Vaccination United Provinces of Agra and Oudh 1902-1913 - 1902-1913
Year: 1902
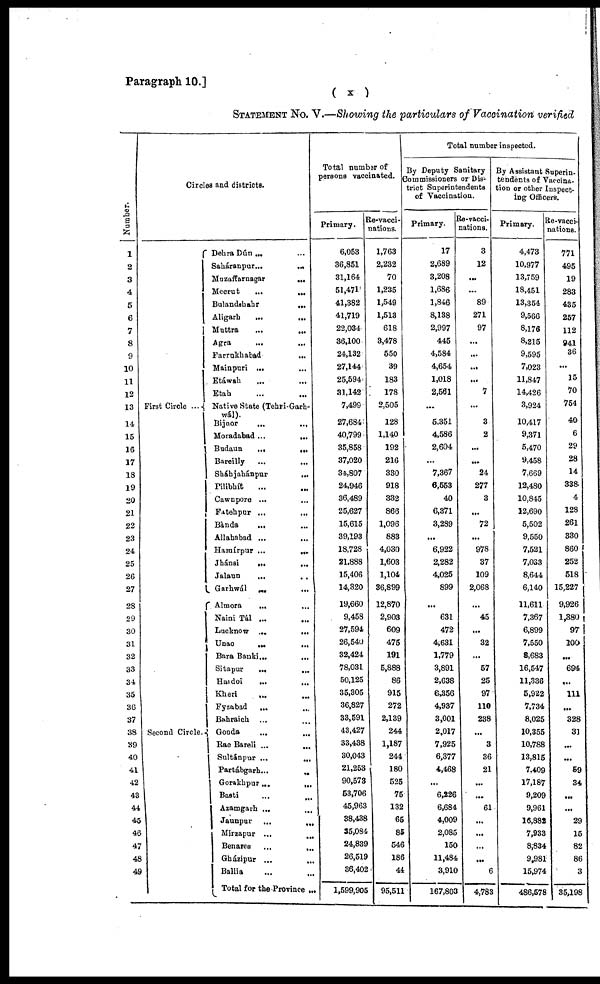
Paragraph 10.]
( x )
STATEMENT No. V.—Showing the particulars of Vaccination verified
Number.
1
2
3
4
5
6
7
8
9
10
11
12
13
14
15
16
17
18
19
20
21
22
23
24
25
26
27
28
29
30
31
32
33
34
35
36
37
38
39
40
41
42
43
44
45
46
47
48
49
Circles and districts.
First Circle ...
Second Circle.
Dehra Dún ...
Saháranpur...
...
Muzaffarnagar
...
Meerut
...
...
Bulandshahr
...
Aligarh
...
...
Muttra
...
...
Agra ... ...
Farrukhabad
...
Mainpuri ...
...
Etáwah ... ...
Etah ... ...
Native State (Tehri-Garh¬
wál).
Bijnor
...
...
Moradabad...
...
Budaun
...
...
Bareilly ... ...
Sháhjahánpur
...
Pilibhít
... ...
Cawnpore ... ...
Fatehpur ... ...
Bànda ... ...
Allahabad ...
...
Hamírpur ...
...
Jhánsi ... ...
Jalaun
... ...
Garhwál
...
Almora
... ...
Naini Tál ... ...
Lucknow ...
...
Unao ... ...
Bara Banki...
...
Sitapur
...
...
Hardoi
...
...
Kheri
...
...
Fyzabad
...
...
Bahraich ... ...
Gonda
...
...
Rae Bareli ...
...
Sultánpur ...
...
Partábgarh...
...
Gorakhpur ...
...
Basti
...
...
Azamgarh ... ...
Jaunpur
...
...
Mirzapur ... ...
Benares
...
...
Gházipur ...
...
Ballia ... ...
Total for the Province ...
Total number of
persons vaccinated.
Primary.
6,053
36,851
31,164
51,471
41,382
41,719
22,034
36,100
24,132
27,144
25,594
31,142
7,499
27,684
40,799
35,858
37,020
34,807
24,946
36,489
25,627
15,615
39,193
18,728
21,888
15,406
14,320
19,660
9,458
27,594
26,540
32,424
78,031
50,125
35,305
36,827
33,591
43,427
33,438
30,043
21,253
90,573
53,706
45,963
38,438
35,084
24,839
26,519
36,402
1,599,905
Re-vacci¬
nations.
1,763
2,232
70
1,235
1,549
1,513
618
3,478
550
39
183
178
2,505
128
1,140
192
216
330
918
332
866
1,096
883
4,030
1,603
1,104
36,899
12,870
2,903
609
475
191
5,888
86
915
272
2,139
244
1,187
244
180
525
75
132
65
85
546
186
44
95,511
Total number inspected.
By Deputy Sanitary
Commissioners or Dis-
trict Superintendents
of Vaccination.
Primary.
17
2,689
3,208
1,686
1,846
8,138
2,997
445
4,584
4,654
1,018
2,561
...
5,351
4,586
2,604
...
7,367
6,553
40
6,371
3,289
...
6,922
2,282
4,025
899
...
631
472
4,631
1,779
3,891
2,638
6,356
4,937
3,001
2,017
7,925
6,377
4,468
...
6,226
6,684
4,009
2,085
150
11,484
3,910
167,803
Re-vacci¬
nations.
3
12
...
...
89
271
97
...
...
...
...
7
...
3
2
...
...
24
277
3
...
72
...
978
37
109
2,068
...
45
...
32
...
57
25
97
110
238
...
3
36
21
...
...
61
...
...
...
...
6
4,783
By Assistant Superin-
tendents of Vaccina-
tion or other Inspect-
ing Officers.
Primary.
4,473
10,977
13,759
18,451
13,354
9,566
8,176
8,215
9,595
7,023
11,847
14,426
3,924
10,417
9,371
5,470
9,458
7,669
12,480
10,845
12,690
5,502
9,550
7,521
7,033
8,644
6,140
11,611
7,367
6,899
7,550
8,683
16,547
11,336
5,922
7,734
8,025
10,355
10,788
13,815
7,409
17,187
9,209
9,961
16,882
7,933
8,834
9,981
15,974
486,578
Re-vacci¬
nations.
771
495
19
283
435
257
112
941
36
...
15
70
754
40
6
29
28
14
338
4
128
261
330
860
252
518
15,227
9,926
1,380
97
100
...
694
...
111
...
328
31
...
...
59
34
...
...
29
15
82
86
3
35,198